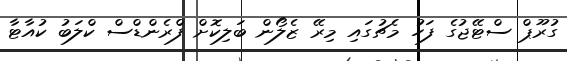
ގުރޫޕް ސްޓޭޖުގެ ފަހު މެޗުގައި މިރޭ ޒެލޯން ބަލިކޮށް ފްރެންޑްސް ކްލަބު ކުއާޓާ